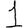
Digit: 1